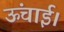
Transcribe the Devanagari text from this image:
ऊंचाई।